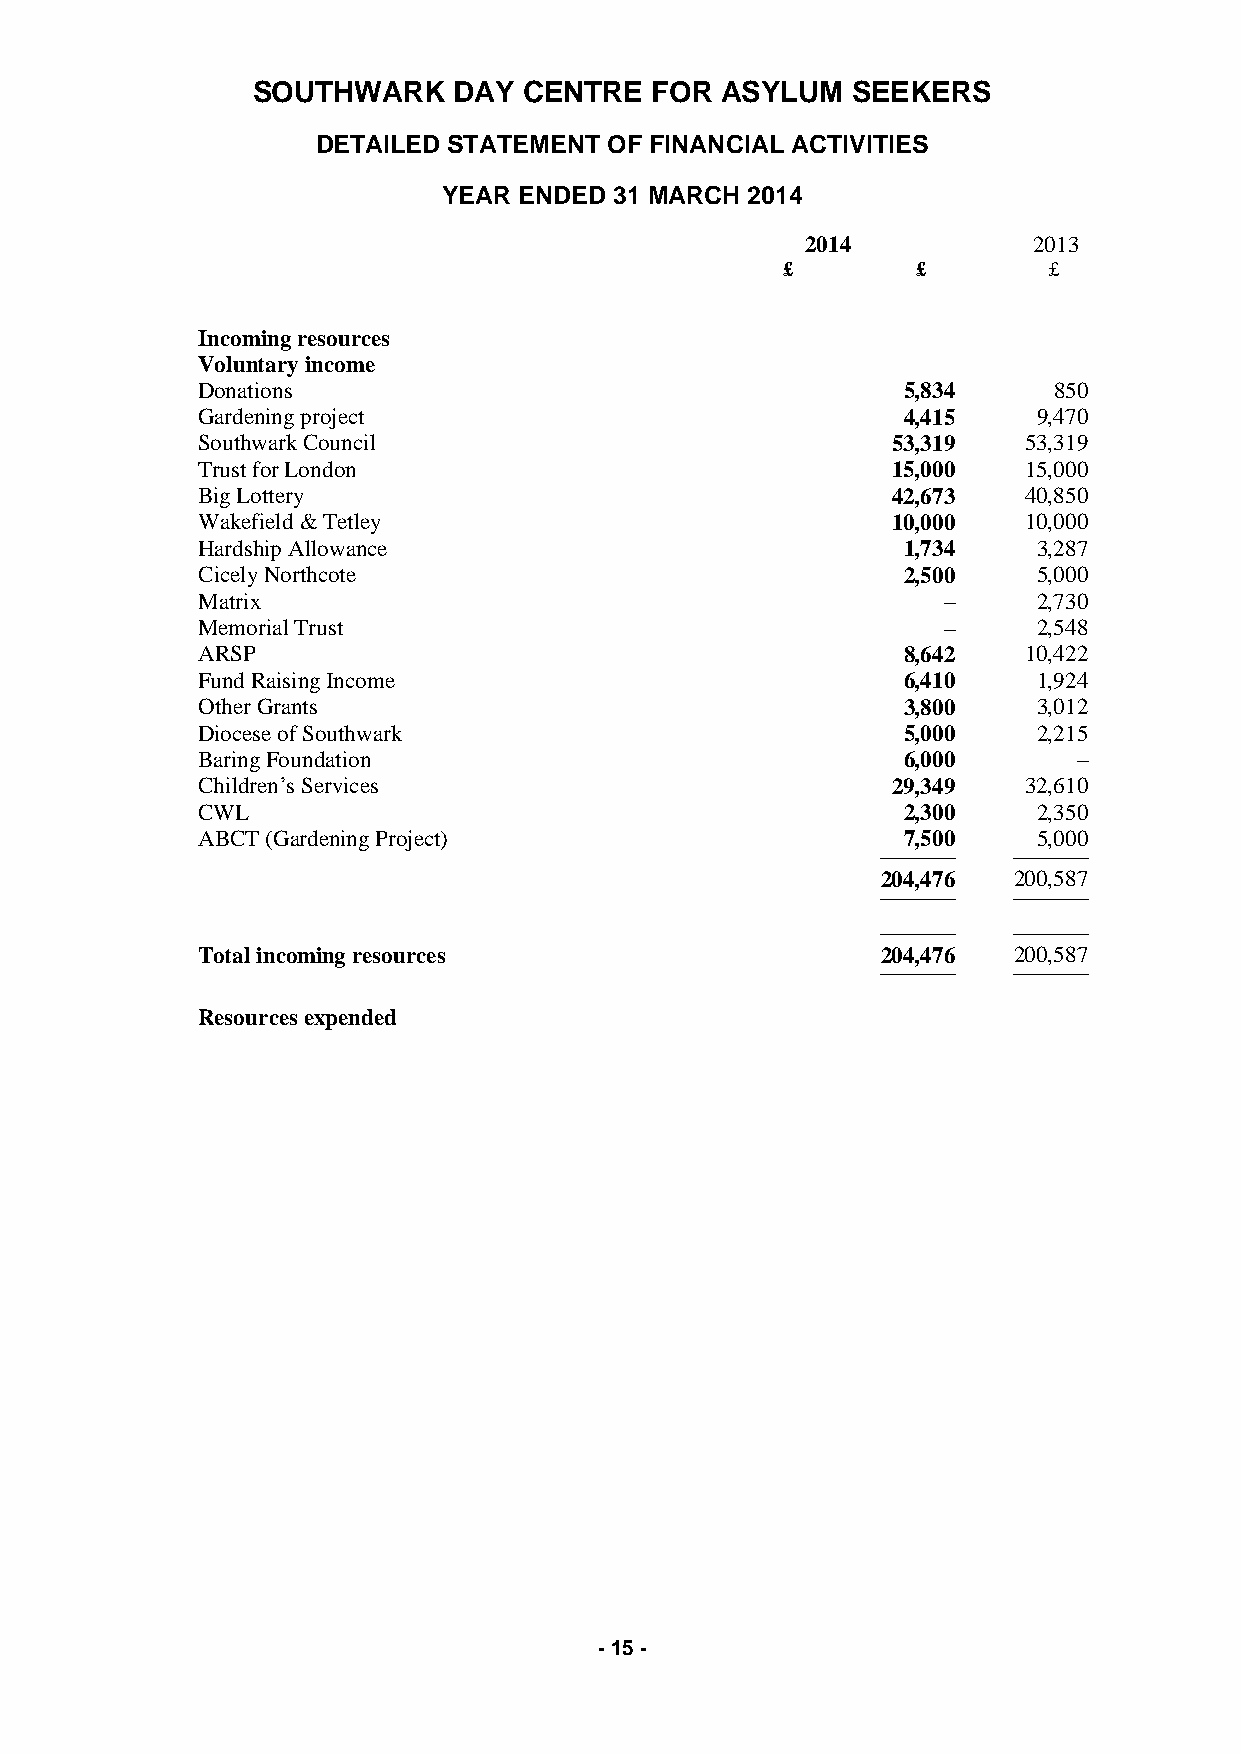
SOUTHWARK    DAY  CENTRE  FOR  ASYLUM  SEEKERS
 DETAILED STATEMENT OF FINANCIAL ACTIVITIES
 YEAR ENDED  31 MARCH 2014
 2014           2013
 £        £       £
 Incoming resources
 Voluntary income
 Donations                                      5,834     850
 Gardening project                              4,415    9,470
 Southwark Council                             53,319   53,319
 Trust for London                              15,000   15,000
 Big Lottery                                   42,673   40,850
 Wakefield & Tetley                            10,000   10,000
 Hardship Allowance                             1,734    3,287
 Cicely Northcote                               2,500    5,000
 Matrix                                           –      2,730
 Memorial Trust                                   –      2,548
 ARSP                                           8,642   10,422
 Fund Raising Income                            6,410    1,924
 Other Grants                                   3,800    3,012
 Diocese of Southwark                           5,000    2,215
 Baring Foundation                              6,000      –
 Children’s Services                           29,349   32,610
 CWL                                            2,300    2,350
 ABCT (Gardening Project)                       7,500    5,000
 ────────── ──────────
 204,476  200,587
 ────────── ──────────
 ────────── ──────────
 Total incoming resources                     204,476  200,587
 ────────── ──────────
 Resources expended
 - 15 -